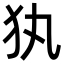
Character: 犱